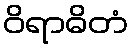
ဝိရာဓိတံ